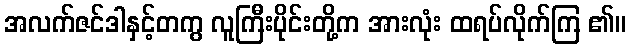
အလက်ဇင်ဒါနှင့်တကွ လူကြီးပိုင်းတို့က အားလုံး ထရပ်လိုက်ကြ ၏။